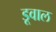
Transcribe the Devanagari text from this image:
डूवाल